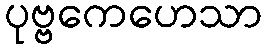
ပုဗ္ဗကေဟေသာ